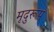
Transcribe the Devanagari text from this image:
मृदुरूप